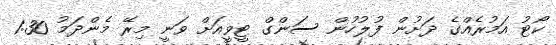
ކޯޓު އަމުރެއްގެ ދަށުން ފުލުހުން ސަންގް ޓީވީއަށް ވަނީ މިރޭ މެންދަމު 1:30